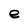
Character: e